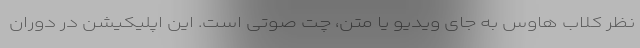
نظر کلاب هاوس به جای ویدیو یا متن، چت صوتی است. این اپلیکیشن در دوران